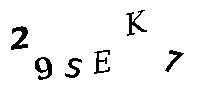
29SEK7